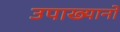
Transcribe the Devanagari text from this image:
उपाख्यानो